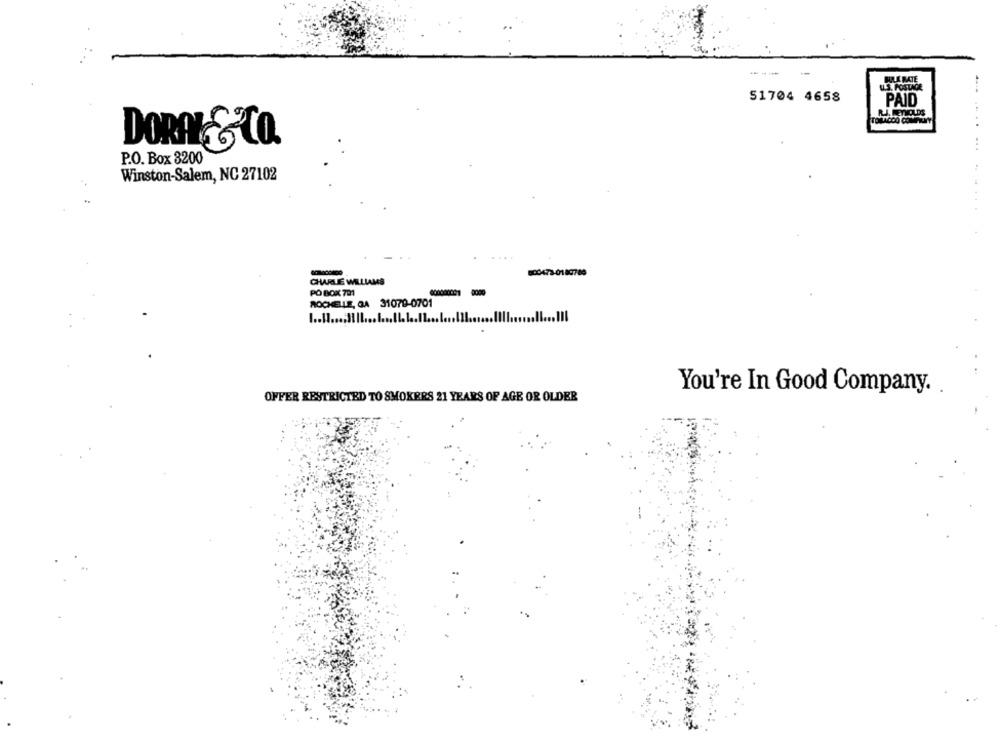
51704 4658
PAID
RJ. REnVOLDS
TOBACCO COMPRAY
DORAS Co.
P.O. Box 8200
Winston-Salem, NC 27102
CHARLIE WILLIAMS
PO BOX 701
9000
ROCHELLE, GA 31079-0701
You're In Good Company.
OFFER RESTRICTED TO SMOKERS 21 YEARS OF AGE OR OLDER